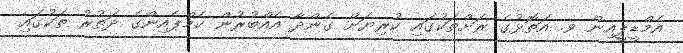
އެމްޑީޕީއިން ވ. އަތޮޅުގެ ރަށްތަކުގައި ކުރިޔަށް ގެންދާ އެއްބުރުން ކެމްޕެއިންގެ ދަތުރު ތަކުގައި